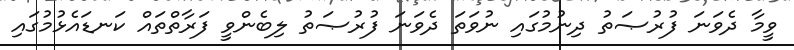
ވީމާ ދެވަނަ ފުރުޞަތު ދިނުމުގައި ނުވަތަ ދެވަނަ ފުރުޞަތު ލިބެންވީ ފަރާތްތައް ކަނޑައެޅުމުގައި